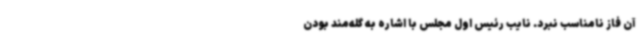
آن فاز نامناسب نبرد. نایب‌ رئیس اول مجلس با اشاره به گله‌مند بودن